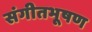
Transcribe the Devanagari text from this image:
संगीतभूषण